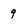
Character: 9